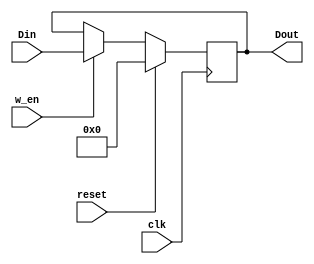
module D_FF_32_bit(Din, reset, w_en, clk, Dout);
input[31:0] Din;
input reset, w_en, clk;
output[31:0] Dout;
reg[31:0] Dout;

always @(posedge clk)
	if (reset)
		Dout <= 32'd0;
	else
		Dout <= w_en ? Din : Dout;

endmodule